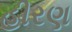
હીરણ